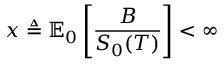
x \triangleq \mathbb { E } _ { 0 } \left[ { \frac { B } { S _ { 0 } ( T ) } } \right] < \infty